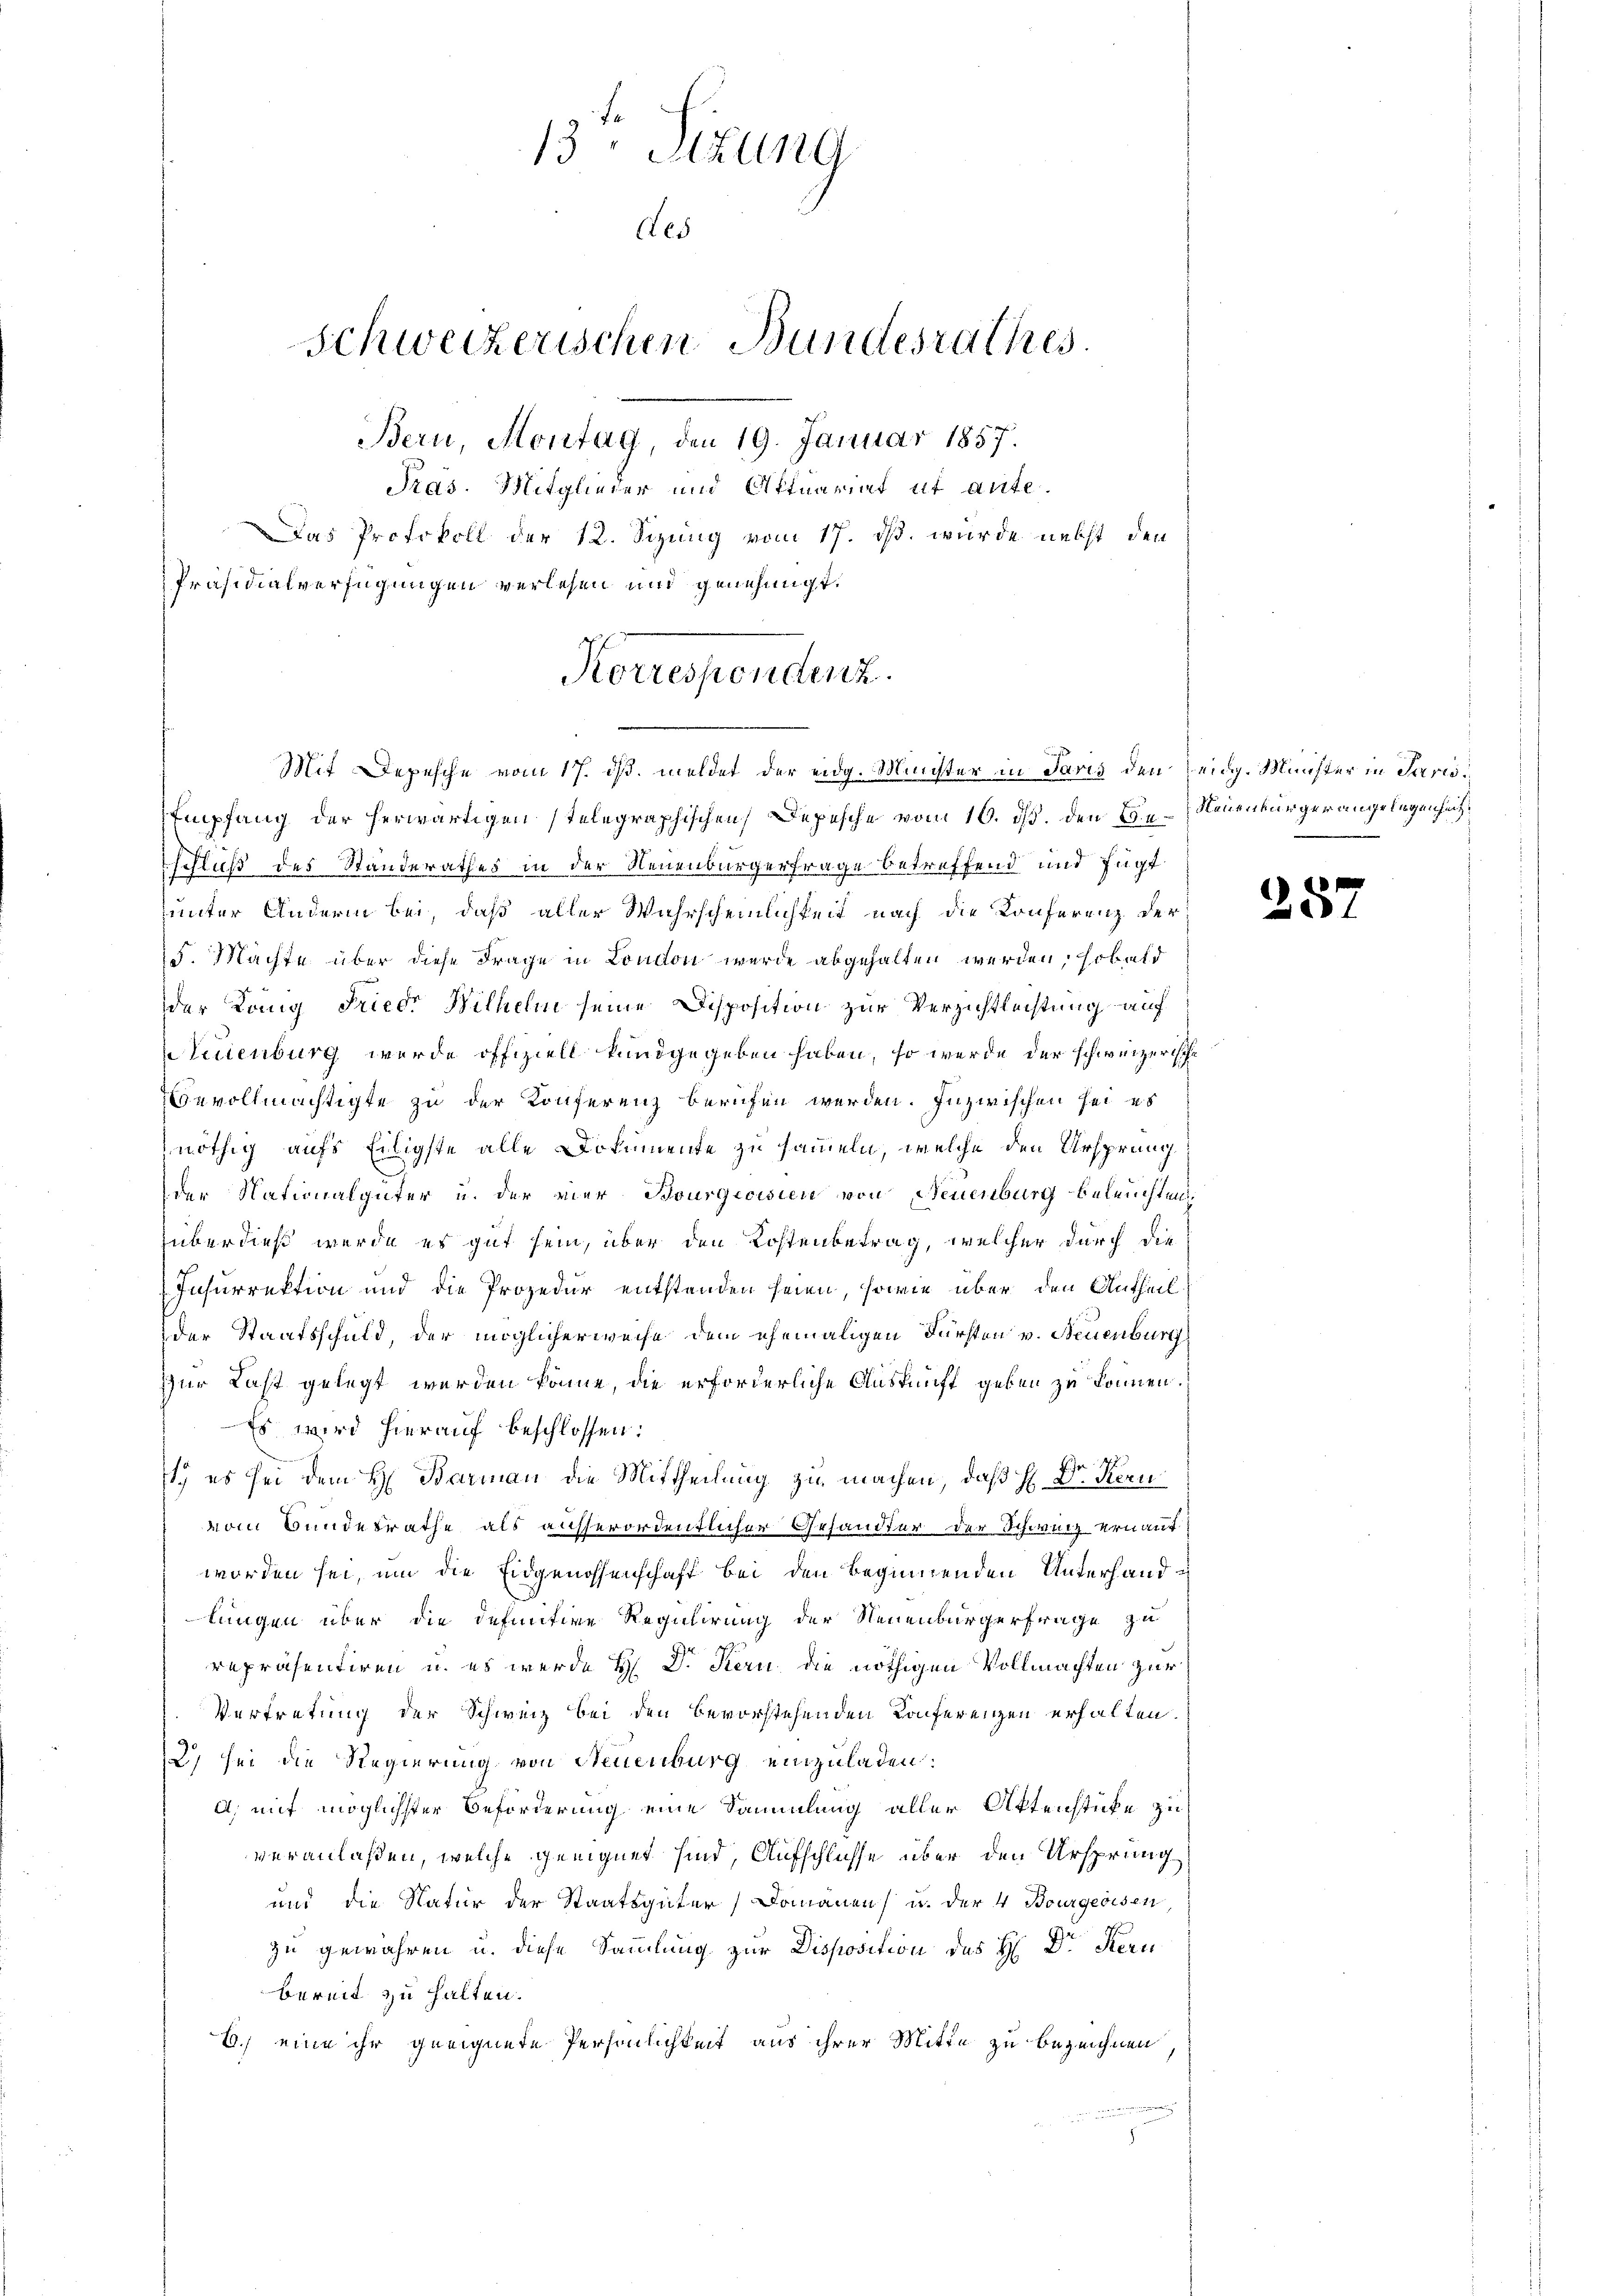
Empfang der herwärtigen stelegraphischen Depesche vom 10. ds. den H. Neuenburger angelegenheit
schluß des Standerathes in der Neuenburgerfrage betreffend und fügt
unter Andern bei, daß aller Wahrscheinlichkeit nach die Konferenz der
5. Machte über diese Frage in London wurde abgehalten werden, sobald
der König Friedr Wilhelm seine Disposition zur Verzichtleistung auf
Nuienburg wurde offiziell kundgegeben haben, so wurde der schweizerische
Bevollmächtigte zu der Konferenz berufen werden. Inzwischen sei es
nöthig aufs Eiligste alle Dokumente zu sammeln, welche den Ursprung
der Nationalgüter u. der vier Bourgeoisien von Neuenburg beleuchten,
überdieß wurde es gut sein, über den Kostenbetrag, welcher durch die
Insurrektion und die Prozedur entstanden seien, sowie über den Antheilder Staatsschuld, der möglicherweise dem ehemaligen Fürsten v. Neuenburg
Zur Last gelegt werden könne, die erforderliche Auskunft geben zu können.
Es wird hierauf beschlossen:
1) es sei dem H. Barmann die Mittheilung zu machen, daß H. Dr. Kern
vom Bundesrathe als ausserordentlicher Gesandter der Schweiz ernaut
worden sei, um die Eidgenossenschaft bei den Beginnenden Unterhandlungen über die definitive Regulirung der Neuenburgerfrage zu
repräsentiren u. es werde H. Dr. Stern, die nöthigen Vollmachten zur
Vertretung der Schweiz bei den bevorstehenden Konferenzen erhalten.
2) sei die Regierung von Neuenburg einzuladen:
A, mit möglichster Beförderung eine Sammlung aller Aktenstücke zu
veranlaßen, welche geeignet sind, Aufschlusse über den Ursprung
und die Natur der Staatsgüter Domänen u. der 4 Bourgeoisen
zu gewähren u. diese Sammlung zur Disposition des H: Dr. Fern
bereit zu halten.
6.) eine ihr geeignete Persönlichkeit aus ihrer Mitte zu bezeichnen

13. Sizung
des
Schweizerischen Bundesrathes.
Bern, Montag, den 19. Januar 1857.
Pras. Mitglieder und Ottuariat ut aufe¬
Das Protokoll der 12. Sizung vom 17. ds. wurde nebst den
Präsidialverfügungen verlesen und genehmigt.
Korrespendenz.

Mit Depesche vom 17. ds. meldet der eidg. Minister in Paris den Leidg. Münster in Paris

)

5